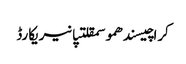
کراچیسندھموسمقلتپانیریکارڈ